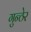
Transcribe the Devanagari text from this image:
गुन्ठेर